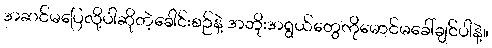
အဆင်မပြေလို့ပါဆိုတဲ့ခေါင်းစဉ်နဲ့ အဘိုးအရွယ်တွေကိုမောင်မခေါ်ချင်ပါနဲ့။